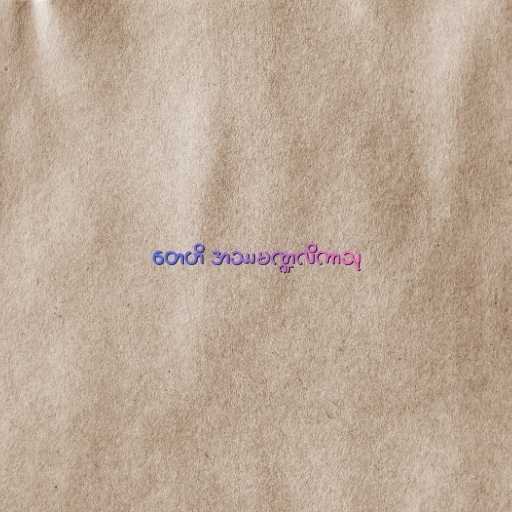
တေဟိ အဿမဏ္ဍလိကာသု